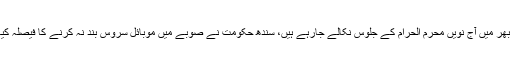
ملک بھر میں آج نویں محرم الحرام کے جلوس نکالے جارہے ہیں، سندھ حکومت نے صوبے میں موبائل سروس بند نہ کرنے کا فیصلہ کیا ہے۔